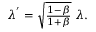
\begin{array} { r } { \lambda ^ { ' } = \sqrt { \frac { 1 - \beta } { 1 + \beta } } \ \lambda . } \end{array}